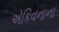
એકિવનાના